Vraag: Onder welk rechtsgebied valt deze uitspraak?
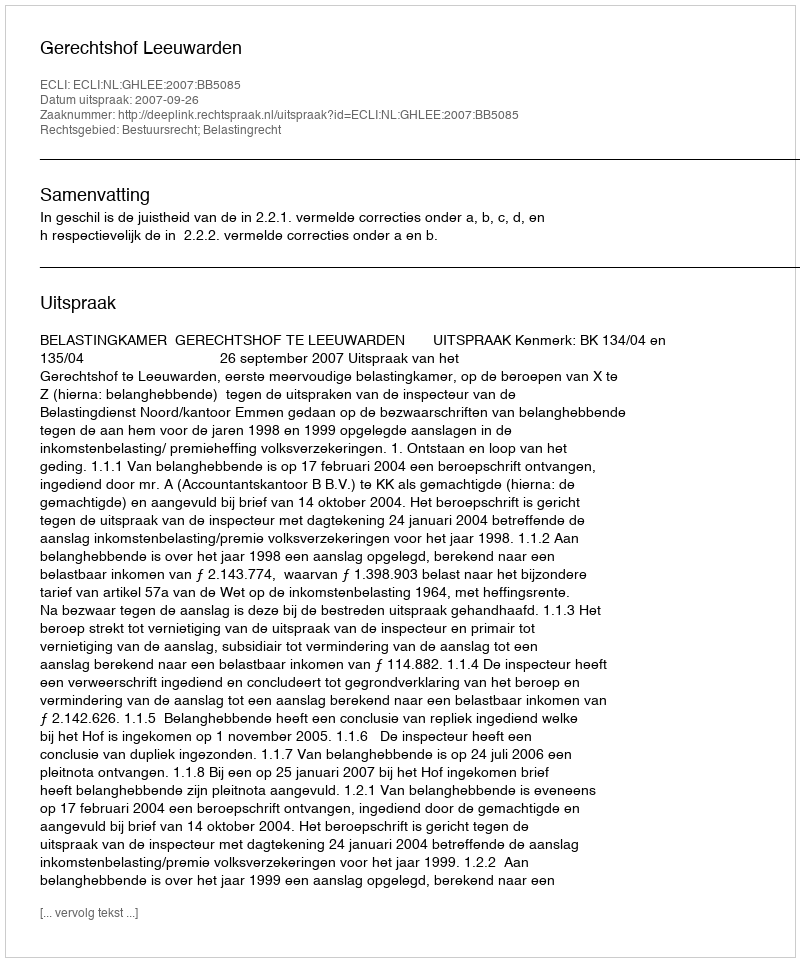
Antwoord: Bestuursrecht; Belastingrecht